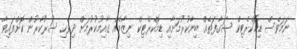
ނަމަވެސް ޑިމޮކްރެޓިކް ސަގާފަތެއް ބިނާކުރުމަށާއި ޑިމޮކްރެޓިކް ނިޒާމެއް ގާއިމުކުރުމަށް ދިވެހި ސަރުކާރުން ކޮށްފައިވާ